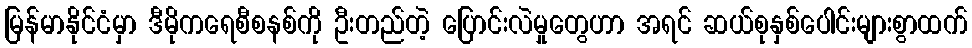
မြန်မာနိုင်ငံမှာ ဒီမိုကရေစီစနစ်ကို ဦးတည်တဲ့ ပြောင်းလဲမှုတွေဟာ အရင် ဆယ်စုနှစ်ပေါင်းများစွာထက်